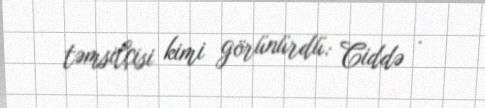
təmsilçisi kimi görünürdü: Ciddə .